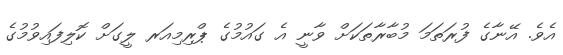
އެވެ. އޭނާގެ ފުރަތަމަ މުބާރާތަކަށް ވާނީ އެ ގައުމުގެ ޕްރިމިއަރ ލީގަށް ކޮލިފައިވުމުގެ